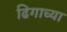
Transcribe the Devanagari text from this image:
ढिगाच्या